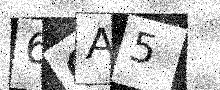
Text: 6OA5